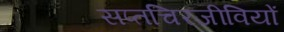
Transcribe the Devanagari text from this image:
सप्तचिरजीवियों